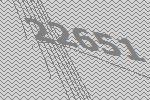
22651